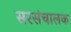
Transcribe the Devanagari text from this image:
सरसंचालक